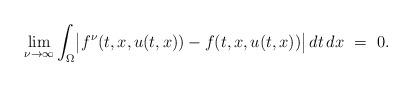
LaTeX: \begin{align*} \lim_{\nu\to\infty}\int_{\Omega} \bigl|f^{\nu}(t,x,u(t,x))- f(t,x,u(t,x))\bigr|\,dt\,dx~ =~0.\end{align*}